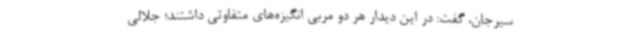
سیرجان، گفت: در این دیدار هر دو مربی انگیزه‌های متفاوتی داشتند؛ جلالی